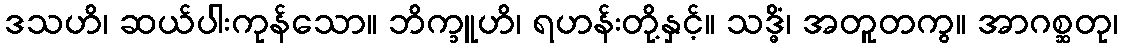
ဒသဟိ၊ ဆယ်ပါးကုန်သော။ ဘိက္ခူဟိ၊ ရဟန်းတို့နှင့်။ သဒ္ဓိံ၊ အတူတကွ။ အာဂစ္ဆတု၊